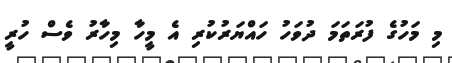
މި މަހުގެ ފުރަތަމަ ދުވަހު ހައްޔަރުކުރި އެ މީހާ މިހާރު ވެސް ހުރީ